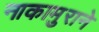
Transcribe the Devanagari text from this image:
नाकामुराने